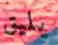
يليق